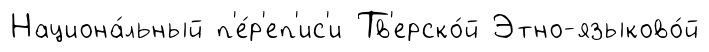
Национа́льный п'е́р'еп'ис'и Тв'ерско́й Этно-языково́й